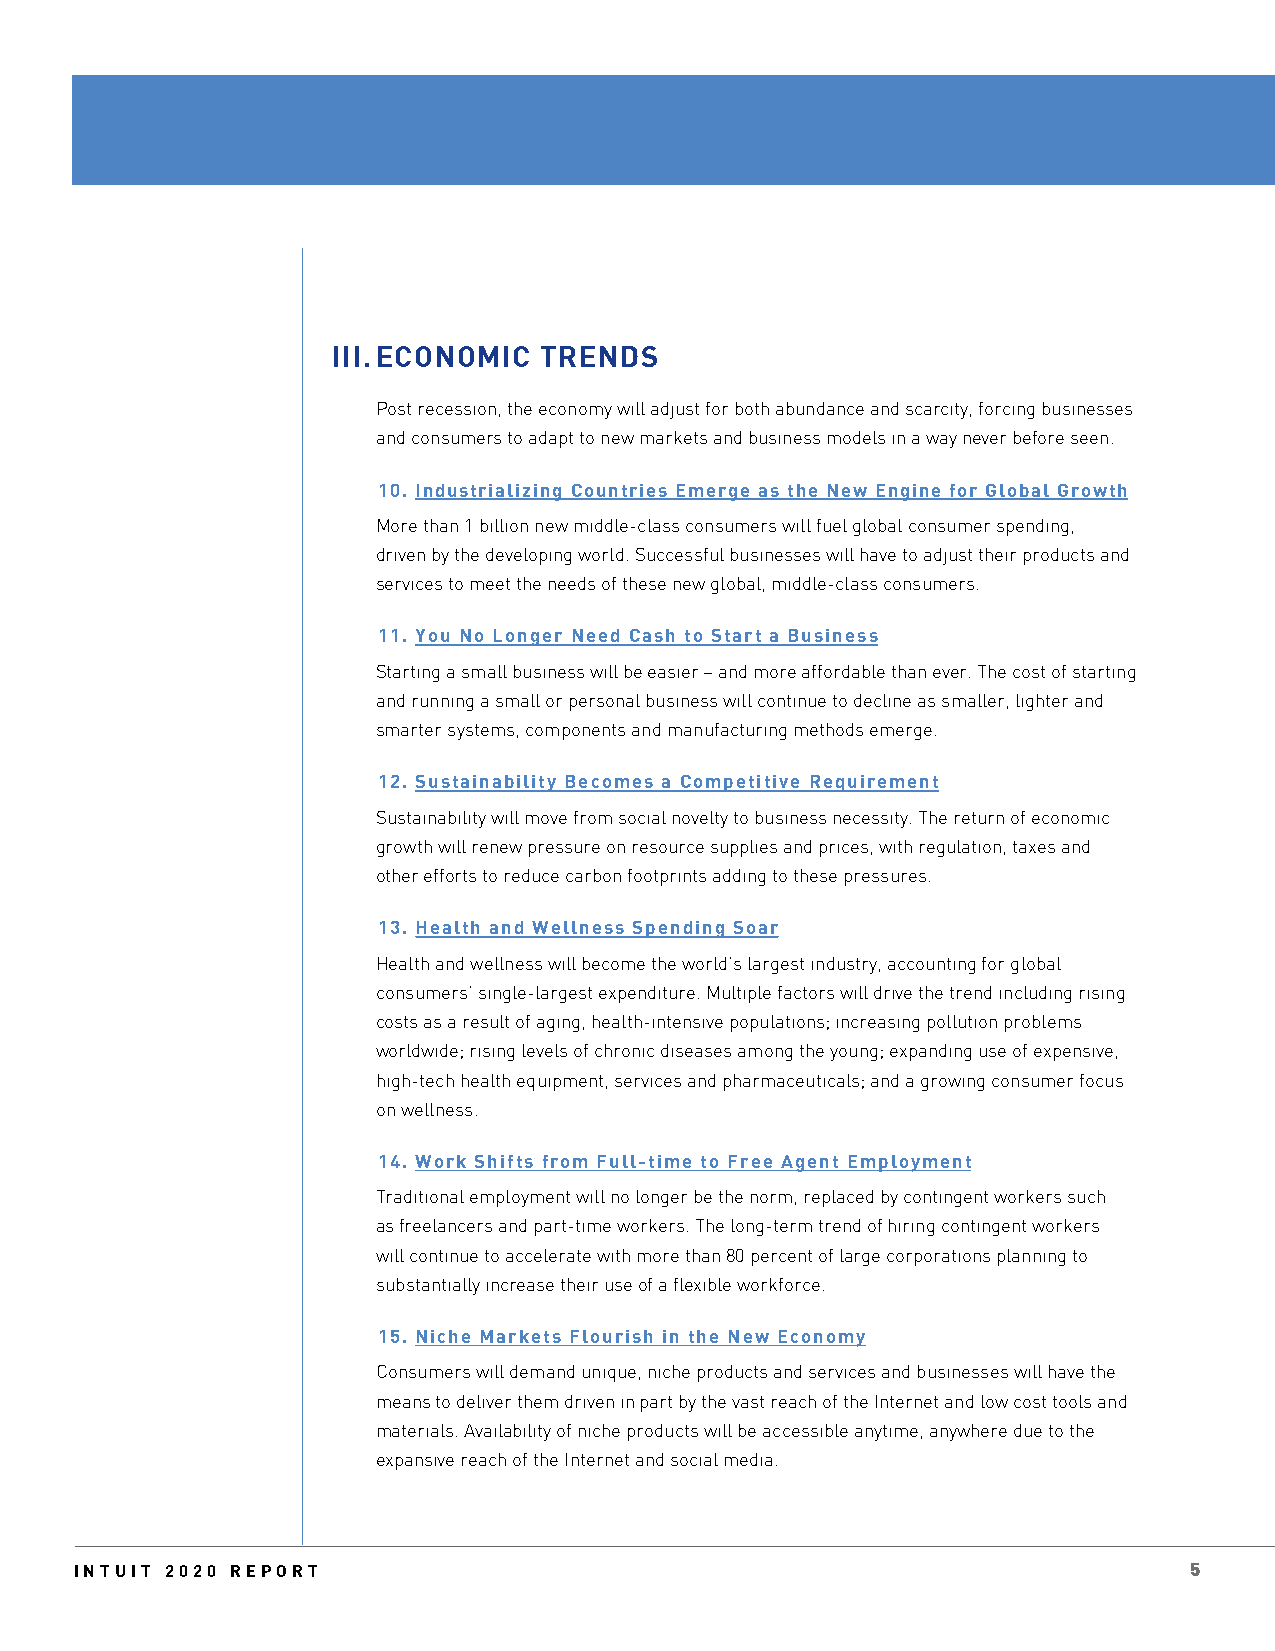
III. ECONOMIC TRENDS
 Post recession, the economy will adjust for both abundance and scarcity, forcing businesses
 and consumers to adapt to new markets and business models in a way never before seen.
 10. Industrializing Countries Emerge as the New Engine for Global Growth
 More than 1 billion new middle-class consumers will fuel global consumer spending,
 driven by the developing world. Successful businesses will have to adjust their products and
 services to meet the needs of these new global, middle-class consumers.
 11. You No Longer Need Cash to Start a Business
 Starting a small business will be easier – and more affordable than ever. The cost of starting
 and running a small or personal business will continue to decline as smaller, lighter and
 smarter systems, components and manufacturing methods emerge.
 12. Sustainability Becomes a Competitive Requirement
 Sustainability will move from social novelty to business necessity. The return of economic
 growth will renew pressure on resource supplies and prices, with regulation, taxes and
 other efforts to reduce carbon footprints adding to these pressures.
 13. Health and Wellness Spending Soar
 Health and wellness will become the world’s largest industry, accounting for global
 consumers’ single-largest expenditure. Multiple factors will drive the trend including rising
 costs as a result of aging, health-intensive populations; increasing pollution problems
 worldwide; rising levels of chronic diseases among the young; expanding use of expensive,
 high-tech health equipment, services and pharmaceuticals; and a growing consumer focus
 on wellness.
 14. Work Shifts from Full-time to Free Agent Employment
 Traditional employment will no longer be the norm, replaced by contingent workers such
 as freelancers and part-time workers. The long-term trend of hiring contingent workers
 will continue to accelerate with more than 80 percent of large corporations planning to
 substantially increase their use of a flexible workforce.
 15. Niche Markets Flourish in the New Economy
 Consumers will demand unique, niche products and services and businesses will have the
 means to deliver them driven in part by the vast reach of the Internet and low cost tools and
 materials. Availability of niche products will be accessible anytime, anywhere due to the
 expansive reach of the Internet and social media.
 INTUIT 2020 REPORT                                                        5